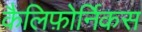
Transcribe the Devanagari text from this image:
कैलिफ़ोर्निकस